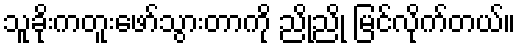
သူခိုးကတူးဖော်သွားတာကို ညိုညို မြင်လိုက်တယ်။